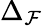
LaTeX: \Delta_{\mathcal{F}}